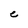
Character: e